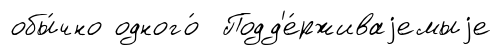
обы́чно одного́ Подд'е́рживаjемыjе